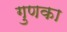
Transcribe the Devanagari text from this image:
गुणका